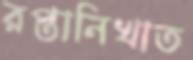
রপ্তানিখাত